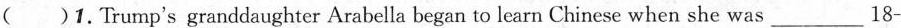
( )1.Trump's granddaughter Arabella began to learn Chinese when she was ___ 18-